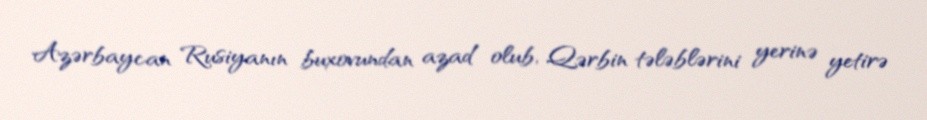
Azərbaycan Rusiyanın buxovundan azad olub, Qərbin tələblərini yerinə yetirə